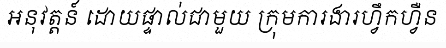
អនុវត្តន៍ ដោយផ្ទាល់ជាមួយ ក្រុមការងារហ្វឹកហ្វឺន